Scottish Leaving Certificate Examination, 1956
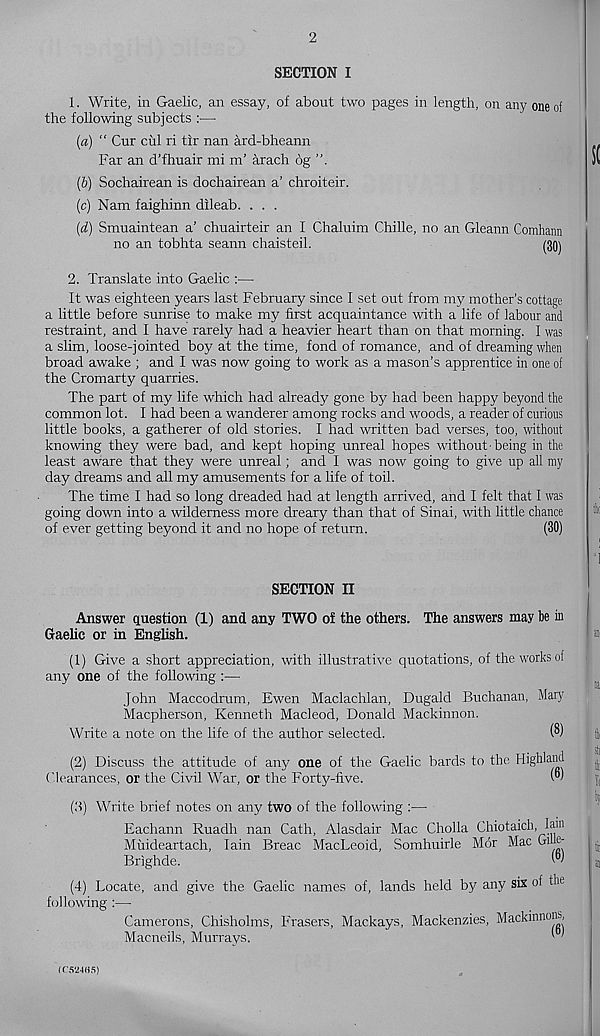
2
SECTION I
1. Write, in Gaelic, an essay, of about two pages in length, on any one of
the following subjects :—
(а) “ Cur cul ri tir nan ard-bheann
Far an d’fhuair mi m’ arach 6g
(б) Sochairean is dochairean a’ chroiteir.
(c) Nam faighinn dileab. . . .
(d) Smuaintean a’ chuairteir an I Chaluim Chille, no an Gleann Comhann
no an tobhta seann chaisteil.
(30)
2. Translate into Gaelic :—
It was eighteen years last February since I set out from my mother’s cottage
a little before sunrise to make my first acquaintance with a life of labour and
restraint, and I have rarely had a heavier heart than on that morning. I was
a slim, loose-jointed boy at the time, fond of romance, and of dreaming when
broad awake ; and I was now going to work as a mason’s apprentice in one of
the Cromarty quarries.
The part of my life which had already gone by had been happy beyond the
common lot. I had been a wanderer among rocks and woods, a reader of curious
little books, a gatherer of old stories. I had written bad verses, too, without
knowing they were bad, and kept hoping unreal hopes without-being in the
least aware that they were unreal; and I was now going to give up all my
day dreams and all my amusements for a life of toil.
The time I had so long dreaded had at length arrived, and I felt that I was
going down into a wilderness more dreary than that of Sinai, with little chance
of ever getting beyond it and no hope of return.
(30)
SECTION II
Answer question (1) and any TWO of the others. The answers may be in
Gaelic or in English.
(1) Give a short appreciation, with illustrative quotations, of the works of
any one of the following :—
John Maccodrum, Ewen Maclachlan, Dugald Buchanan, Mary
Macpherson, Kenneth Macleod, Donald Mackinnon.
Write a note on the life of the author selected.
(8)
(2) Discuss the attitude of any one of the Gaelic bards to the Highland
Clearances, or the Civil War, or the Forty-five.
W
(3) Write brief notes on any two of the following :—
Eachann Ruadh nan Cath, Alasdair Mac Cholla Chiotaich, Iain
Miiideartach, Iain Breac MacLeoid, Somhuirle Mor Mac GiUe-
Brighde.
W
(4) Locate, and give the Gaelic names of, lands held byr any six of tln
fol lowing :—
Camerons, Chisholms, Frasers, Mackays, Mackenzies, Mackinnons,
Macneils, Murrays.
' '
(C524H5)